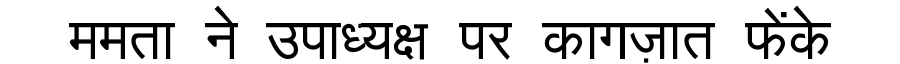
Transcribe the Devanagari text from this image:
ममता ने उपाध्यक्ष पर कागज़ात फेंके